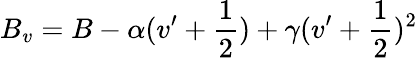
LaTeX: B_{v}=B-\alpha(v^{\prime}+\frac{1}{2})+\gamma(v^{\prime}+\frac{1}{2})^{2}